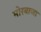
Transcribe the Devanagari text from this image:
मोरबाजा